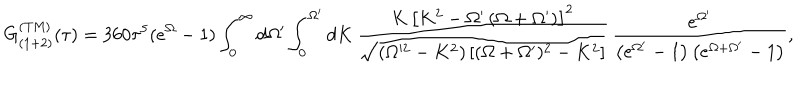
G _ { ( 1 + 2 ) } ^ { \mathrm { ( T M ) } } ( \tau ) = 3 6 0 \tau ^ { 5 } ( e ^ { \Omega } - 1 ) \int _ { 0 } ^ { \infty } d \Omega ^ { \prime } \int _ { 0 } ^ { \Omega ^ { \prime } } d K \, \frac { K \, \left[ K ^ { 2 } - \Omega ^ { \prime } \left( \Omega + \Omega ^ { \prime } \right) \right] ^ { 2 } } { \sqrt { ( \Omega ^ { 2 } - K ^ { 2 } ) \left[ ( \Omega + \Omega ^ { \prime } ) ^ { 2 } - K ^ { 2 } \right] } } \, \frac { e ^ { \Omega ^ { \prime } } } { \left( e ^ { \Omega ^ { \prime } } - 1 \right) \left( e ^ { \Omega + \Omega ^ { \prime } } - 1 \right) } ,